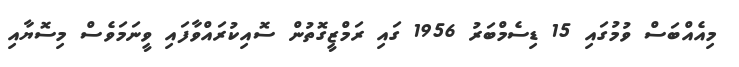
މިއެއްބަސް ވުމުގައި 15 ޑިސެމްބަރު 1956 ގައި ރަމްޒީގޮތުން ސޮއިކުރައްވާފައި ވީނަމަވެސް މިސޮޔާއި